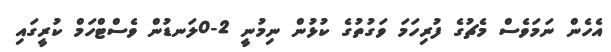
އެހެން ނަމަވެސް މެޗުގެ ފުރިހަމަ ވަގުތުގެ ކުޅުން ނިމުނީ 2-0ލަނޑުން ވެސްޓްހަމް ކުރީގައި